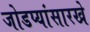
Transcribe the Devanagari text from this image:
जोडप्यांसारखे